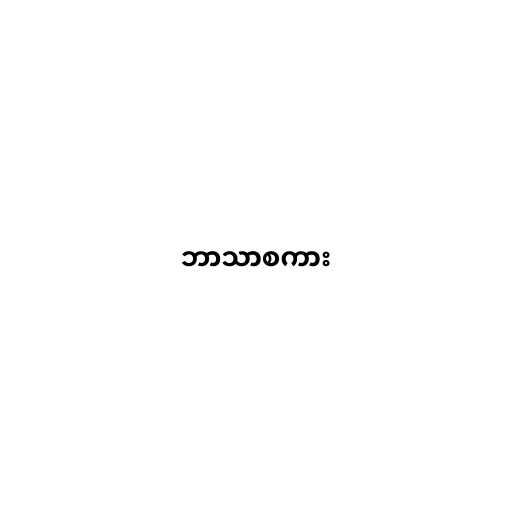
ဘာသာစကား